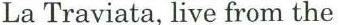
La Traviata, live from the